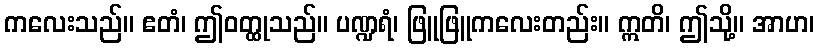
ကလေးသည်။ ဧတံ၊ ဤဝတ္ထုသည်။ ပဏ္ဍရံ၊ ဖြူဖြူကလေးတည်း။ ဣတိ၊ ဤသို့။ အာဟ၊